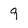
Character: 9